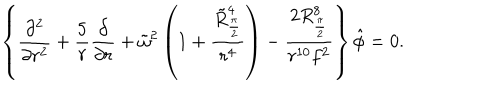
LaTeX: \left\{ { \frac { \partial ^ { 2 } } { \partial r ^ { 2 } } } + { \frac { 5 } { r } } { \frac { \partial } { \partial r } } + \tilde { \omega } ^ { 2 } \left( 1 + { \frac { \tilde { R } _ { \frac { \pi } { 2 } } ^ { 4 } } { r ^ { 4 } } } \right) - { \frac { 2 R _ { \frac { \pi } { 2 } } ^ { 8 } } { r ^ { 1 0 } f ^ { 2 } } } \right\} \hat { \phi } = 0 .